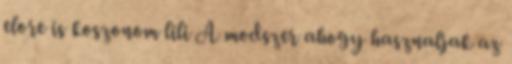
elore is koszonom lili A modszer ahogy hasznaljak az